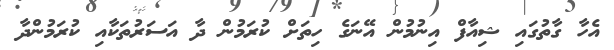
އެހާ ގާތުގައި ޝިއާފް އިނުމުން އޭނަގެ ހިތަށް ކުރަމުން ދާ އަސަރުތަކާއި ކުރަމުންދާ